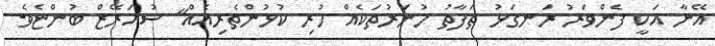
އޭނާ އަކީ ފެންވަރު ރަނގަޅު ތަފާތު ހުނަރުތަކެއް ހުރި ކުޅުންތެރިއެއް" ސުއަރޭޒް ބުންޏެވެ.